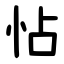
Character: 怗